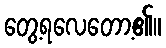
တွေ့ရလေတော့၏။